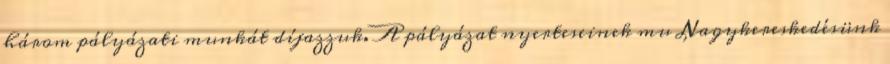
három pályázati munkát díjazzuk. A pályázat nyerteseinek mu Nagykereskedésünk